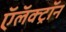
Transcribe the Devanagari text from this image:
ऍलॅक्ट्रॉन